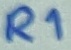
Text: R1